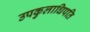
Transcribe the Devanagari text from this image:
उपकुलाधिपति